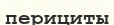
перициты